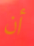
أن